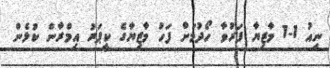
ނިއު 1-1 މާޒިޔާ ފަރުވާ ހޯދުމަށް ފަހު މާޒިޔާގެ ކީޕަރު އިމްރާން ކުޅެން